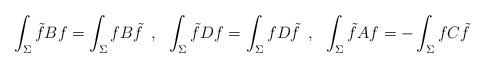
LaTeX: \begin{align*} \int_{\Sigma} \tilde{f}Bf = \int_{\Sigma} fB\tilde{f} \:\: , \:\:\: \int_{\Sigma} \tilde{f}Df = \int_{\Sigma}fD \tilde{f} \:\: , \:\:\: \int_{\Sigma} \tilde{f}Af = -\int_{\Sigma} fC \tilde{f}\end{align*}